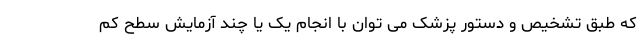
که طبق تشخیص و دستور پزشک می توان با انجام یک یا چند آزمایش سطح کم